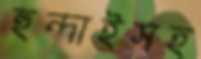
হুন্দাইসহ